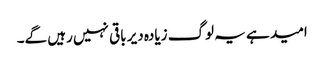
امید ہے یہ لوگ زیادہ دیر باقی نہیں رہیں گے۔